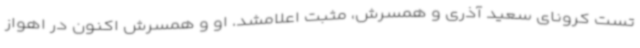
تست کرونای سعید آذری و همسرش، مثبت اعلامشد. او و همسرش اکنون در اهواز